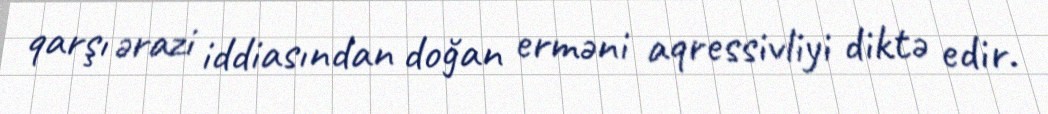
qarşı ərazi iddiasından doğan erməni aqressivliyi diktə edir.